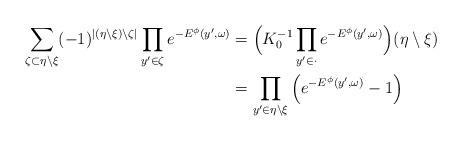
LaTeX: \begin{align*}\sum_{\zeta\subset\eta\setminus\xi } (-1)^{|(\eta\setminus\xi)\setminus\zeta|}\prod\limits_{y'\in \zeta}e^{-E^\phi\left( y',\omega\right)}&=\Bigl(K_0^{-1}\prod\limits_{y'\in\cdot }e^{-E^\phi\left(y',\omega \right)}\Bigl)(\eta\setminus\xi)\\&=\prod\limits_{y'\in\eta \setminus \xi }\left( e^{-E^\phi\left( y',\omega \right)}-1\right)\end{align*}